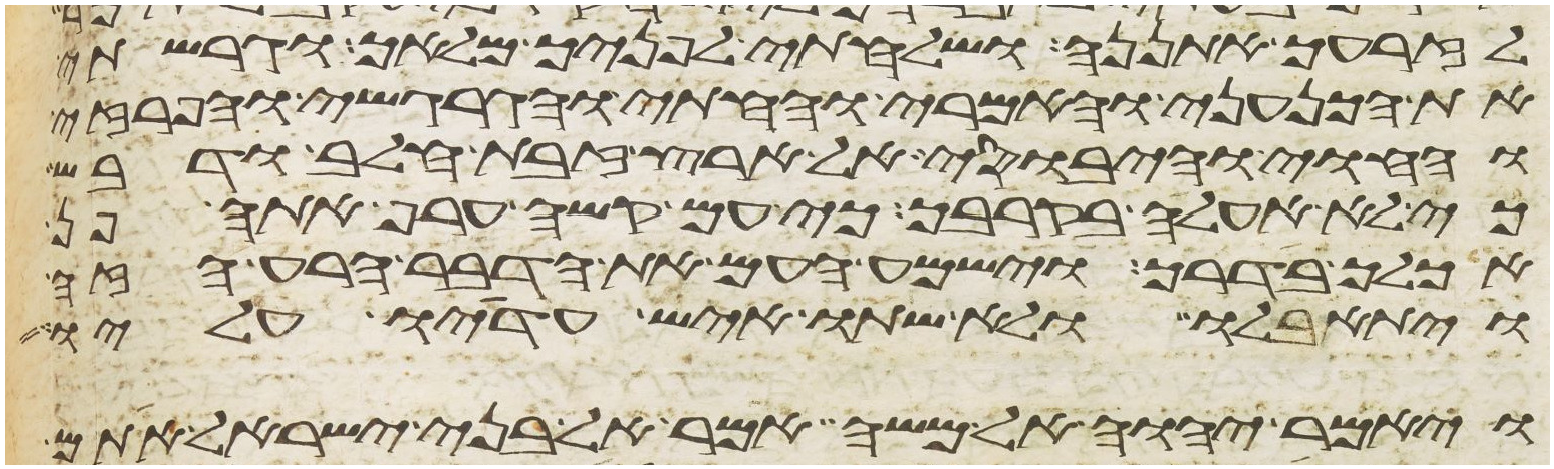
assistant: לזרעך אתננה ושלחתי לפניך מלאך וגרשתי
את הכנעני והאמרי והחתי והגרגשי והפרזי
והחוי והיבוסי אל ארץ זבת חלב ודבש
כי לא אעלה בקרבך כי עם קשה ערף אתה פן
אכלך בדרך וישמע העם את הדבר הרע הזה
ויתאבלו ולא שתו איש עדיו עליו
ויאמר יהוה אל משה אמר אל בני ישראל אתם